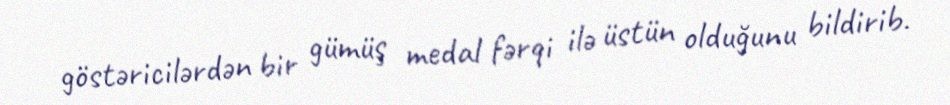
göstəricilərdən bir gümüş medal fərqi ilə üstün olduğunu bildirib.